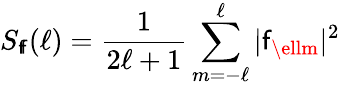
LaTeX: S_{\mathsf{f}\! \mathsf{f}}(\ell)={\frac{{1}}{{2\ell+1}}}\sum_{m=-\ell}^{\ell}|\mathsf{f}_{\ellm}|^{2}